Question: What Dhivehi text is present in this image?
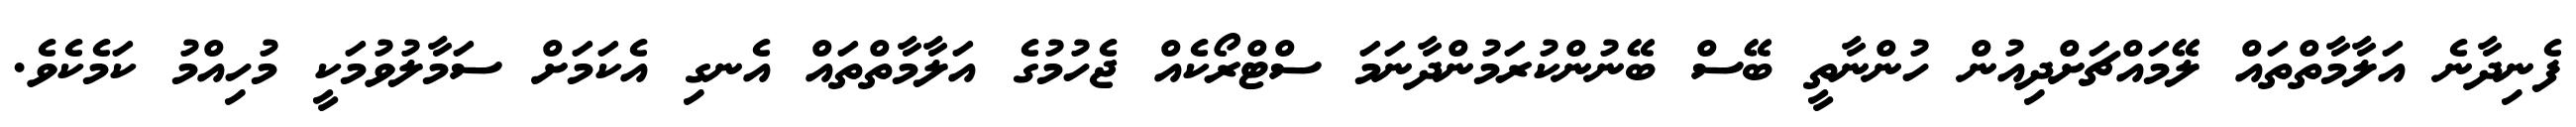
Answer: ފެނިދާނެ އަލާމާތްތައް ލޭމައްޗަށްދިއުން ހުންނާތީ ބޭސް ބޭނުންކުރަމުންދާނަމަ ސްޓްރޯކެއް ޖެހުމުގެ އަލާމާތްތައް އެނގި އެކަމަށް ސަމާލުވުމަކީ މުހިއްމު ކަމެކެވެ.